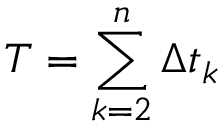
T = \sum _ { k = 2 } ^ { n } \Delta { t } _ { k }